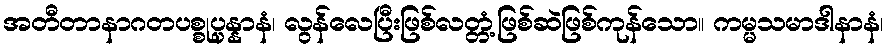
အတီတာနာဂတပစ္စုပ္ပန္နာနံ၊ လွန်လေပြီးဖြစ်လတ္တံ့ဖြစ်ဆဲဖြစ်ကုန်သော။ ကမ္မသမာဒါနာနံ၊